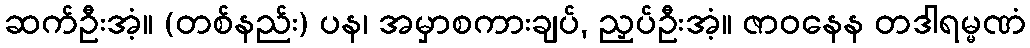
ဆက်ဦးအံ့။ (တစ်နည်း) ပန၊ အမှာစကားချပ်, ညှပ်ဦးအံ့။ ဇာဝနေန တဒါရမ္မဏံ